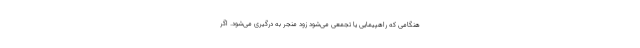
هنگامی که راهپیمایی یا تجمعی می‌شود زود منجر به درگیری می‌شود. اگر